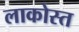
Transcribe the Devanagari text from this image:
लाकोस्त